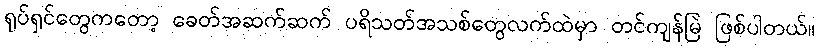
ရုပ်ရှင်တွေကတော့ ခေတ်အဆက်ဆက် ပရိသတ်အသစ်တွေလက်ထဲမှာ တင်ကျန်မြဲ ဖြစ်ပါတယ်။